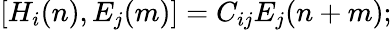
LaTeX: [H_{i}(n),E_{j}(m)]=C_{ij}E_{j}(n+m);